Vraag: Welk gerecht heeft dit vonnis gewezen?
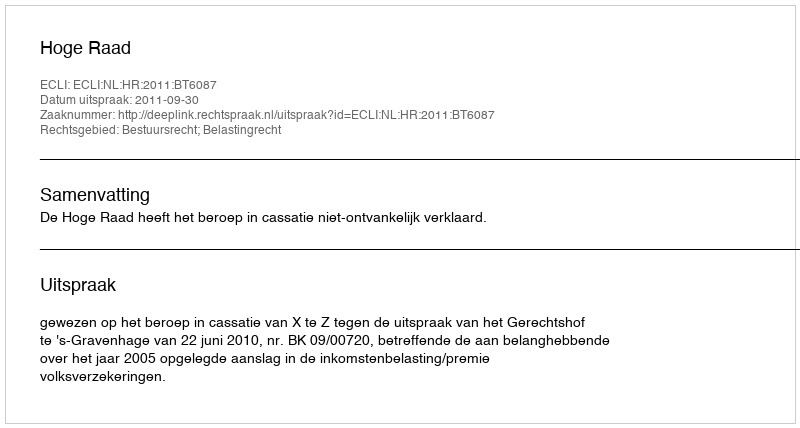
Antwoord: Hoge Raad